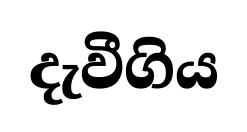
දැවීගිය